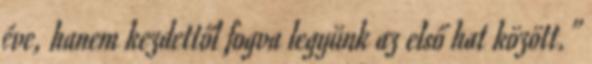
éve, hanem kezdettől fogva legyünk az első hat között.”